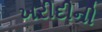
ખરીદીની